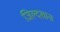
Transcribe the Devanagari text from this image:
जिल्दखाना